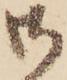
御